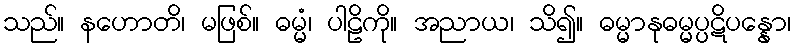
သည်။ နဟောတိ၊ မဖြစ်။ ဓမ္မံ၊ ပါဠိကို။ အညာယ၊ သိ၍။ ဓမ္မာနုဓမ္မပ္ပဋိပန္နော၊